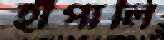
হাঁপালি